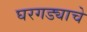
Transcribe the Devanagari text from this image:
घरगड्याचे